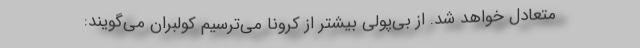
متعادل خواهد شد. از بی‌پولی بیشتر از کرونا می‌ترسیم کولبران می‌گویند: